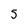
Character: 5